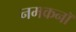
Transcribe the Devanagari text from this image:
नमकनॉ